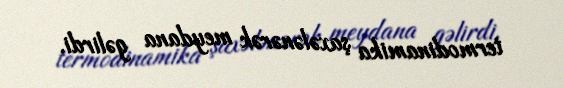
termodinamika şaxələnərək meydana gəlirdi.